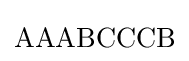
\mathrm {AAABCCCB}